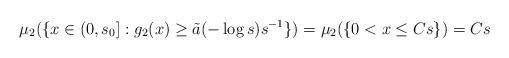
LaTeX: \begin{align*}\mu_2(\{x\in(0,s_0]:g_2(x)\geq \tilde a(-\log s)s^{-1}\})=\mu_2(\{0<x\leq Cs\})=Cs\end{align*}